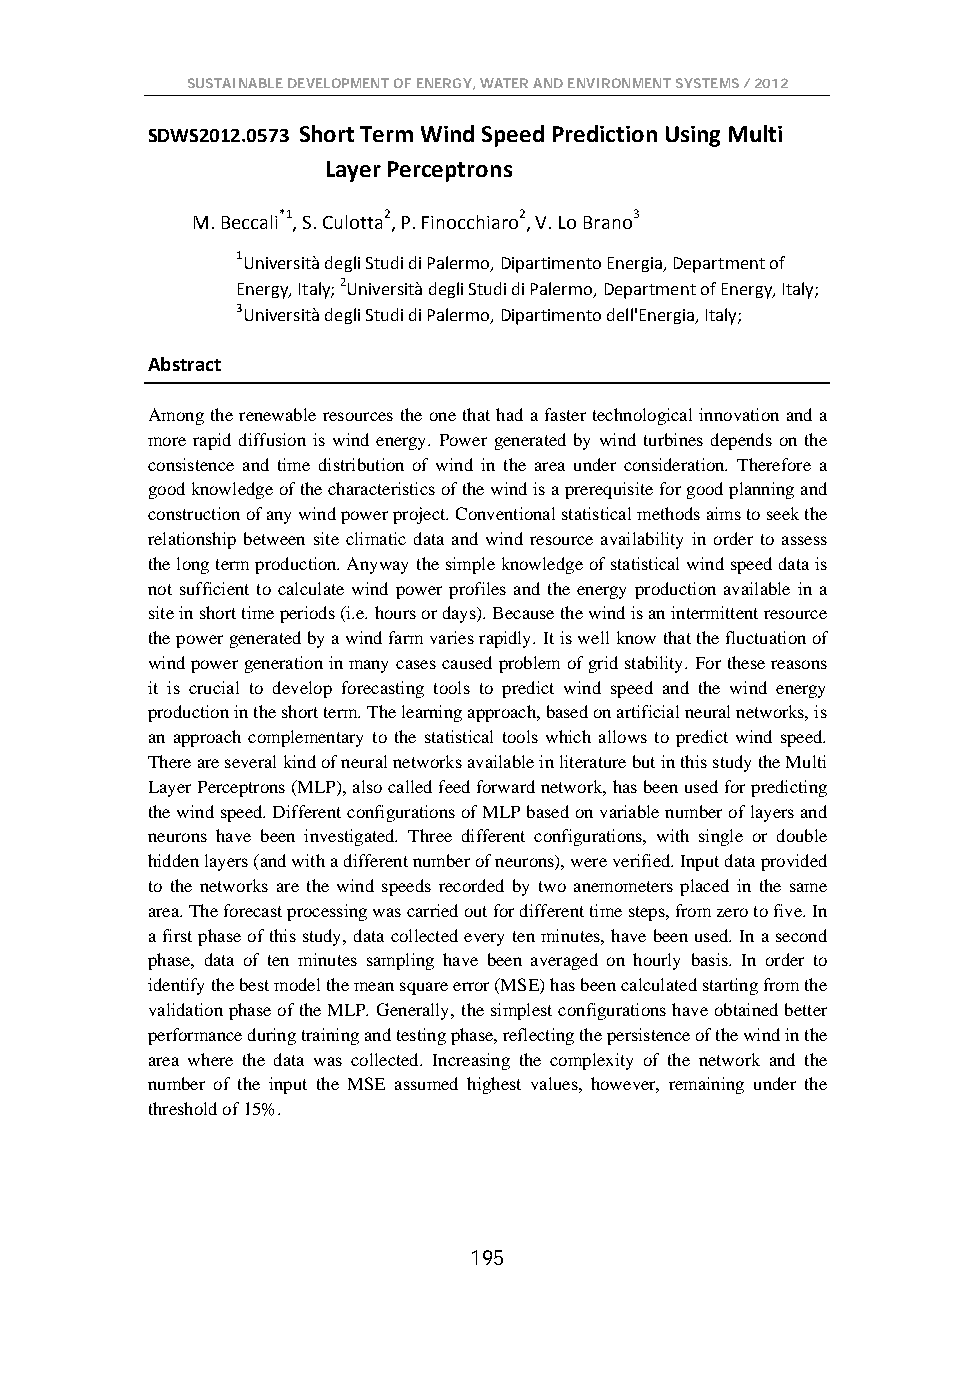
SUSTAINABLE DEVELOPMENT OF ENERGY, WATER AND ENVIRONMENT SYSTEMS / 2012
 SDWS2012.0573 Short Term Wind Speed Prediction Using Multi
 Layer Perceptrons
 M. Beccali*1, S. Culotta2, P. Finocchiaro2, V. Lo Brano3
 1Università degli Studi di Palermo, Dipartimento Energia, Department of
 Energy, Italy; 2Università degli Studi di Palermo, Department of Energy, Italy;
 3Università degli Studi di Palermo, Dipartimento dell'Energia, Italy;
 Abstract
 Among the renewable resources the one that had a faster technological innovation and a
 more rapid diffusion is wind energy. Power generated by wind turbines depends on the
 consistence and time distribution of wind in the area under consideration. Therefore a
 good knowledge of the characteristics of the wind is a prerequisite for good planning and
 construction of any wind power project. Conventional statistical methods aims to seek the
 relationship between site climatic data and wind resource availability in order to assess
 the long term production. Anyway the simple knowledge of statistical wind speed data is
 not sufficient to calculate wind power profiles and the energy production available in a
 site in short time periods (i.e. hours or days). Because the wind is an intermittent resource
 the power generated by a wind farm varies rapidly. It is well know that the fluctuation of
 wind power generation in many cases caused problem of grid stability. For these reasons
 it is crucial to develop forecasting tools to predict wind speed and the wind energy
 production in the short term. The learning approach, based on artificial neural networks, is
 an approach complementary to the statistical tools which allows to predict wind speed.
 There are several kind of neural networks available in literature but in this study the Multi
 Layer Perceptrons (MLP), also called feed forward network, has been used for predicting
 the wind speed. Different configurations of MLP based on variable number of layers and
 neurons have been investigated. Three different configurations, with single or double
 hidden layers (and with a different number of neurons), were verified. Input data provided
 to the networks are the wind speeds recorded by two anemometers placed in the same
 area. The forecast processing was carried out for different time steps, from zero to five. In
 a first phase of this study, data collected every ten minutes, have been used. In a second
 phase, data of ten minutes sampling have been averaged on hourly basis. In order to
 identify the best model the mean square error (MSE) has been calculated starting from the
 validation phase of the MLP. Generally, the simplest configurations have obtained better
 performance during training and testing phase, reflecting the persistence of the wind in the
 area where the data was collected. Increasing the complexity of the network and the
 number of the input the MSE assumed highest values, however, remaining under the
 threshold of 15%.
 195